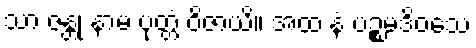
သာ ဇန္တုံ နာမ ပုတ္တံ ဝိဇာယိ။ အထ နံ ပဉ္စမဒိဝသေ